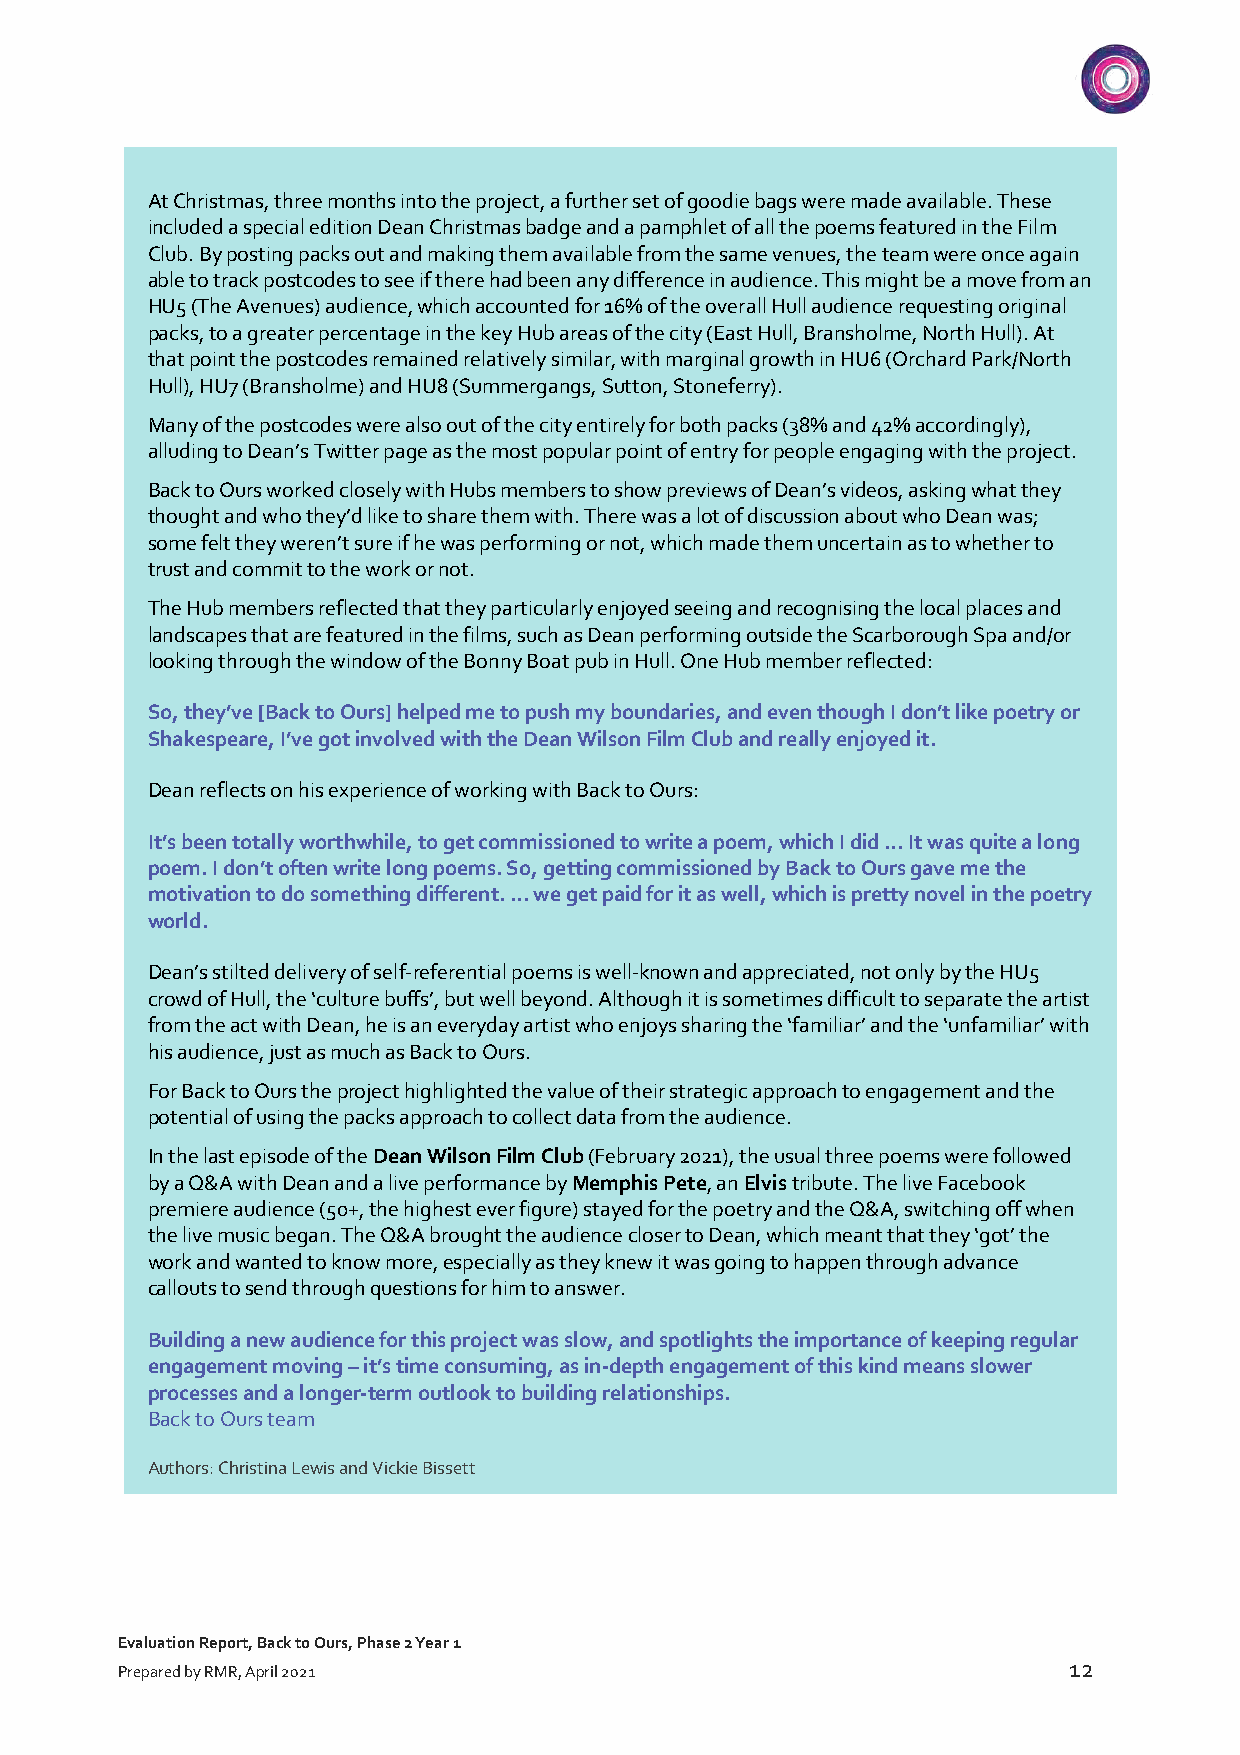
At Christmas, three months into the project, a further set of goodie bags were made available. These
 included a special edition Dean Christmas badge and a pamphlet of all the poems featured in the Film
 Club. By posting packs out and making them available from the same venues, the team were once again
 able to track postcodes to see if there had been any difference in audience. This might be a move from an
 HU5 (The Avenues) audience, which accounted for 16% of the overall Hull audience requesting original
 packs, to a greater percentage in the key Hub areas of the city (East Hull, Bransholme, North Hull). At
 that point the postcodes remained relatively similar, with marginal growth in HU6 (Orchard Park/North
 Hull), HU7 (Bransholme) and HU8 (Summergangs, Sutton, Stoneferry).
 Many of the postcodes were also out of the city entirely for both packs (38% and 42% accordingly),
 alluding to Dean’s Twitter page as the most popular point of entry for people engaging with the project.
 Back to Ours worked closely with Hubs members to show previews of Dean’s videos, asking what they
 thought and who they’d like to share them with. There was a lot of discussion about who Dean was;
 some felt they weren’t sure if he was performing or not, which made them uncertain as to whether to
 trust and commit to the work or not.
 The Hub members reflected that they particularly enjoyed seeing and recognising the local places and
 landscapes that are featured in the films, such as Dean performing outside the Scarborough Spa and/or
 looking through the window of the Bonny Boat pub in Hull. One Hub member reflected:
 So, they’ve [Back to Ours] helped me to push my boundaries, and even though I don’t like poetry or
 Shakespeare, I’ve got involved with the Dean Wilson Film Club and really enjoyed it.
 Dean reflects on his experience of working with Back to Ours:
 It’s been totally worthwhile, to get commissioned to write a poem, which I did … It was quite a long
 poem. I don’t often write long poems. So, getting commissioned by Back to Ours gave me the
 motivation to do something different. … we get paid for it as well, which is pretty novel in the poetry
 world.
 Dean’s stilted delivery of self-referential poems is well-known and appreciated, not only by the HU5
 crowd of Hull, the ‘culture buffs’, but well beyond. Although it is sometimes difficult to separate the artist
 from the act with Dean, he is an everyday artist who enjoys sharing the ‘familiar’ and the ‘unfamiliar’ with
 his audience, just as much as Back to Ours.
 For Back to Ours the project highlighted the value of their strategic approach to engagement and the
 potential of using the packs approach to collect data from the audience.
 In the last episode of the Dean Wilson Film Club (February 2021), the usual three poems were followed
 by a Q&A with Dean and a live performance by Memphis Pete, an Elvis tribute. The live Facebook
 premiere audience (50+, the highest ever figure) stayed for the poetry and the Q&A, switching off when
 the live music began. The Q&A brought the audience closer to Dean, which meant that they ‘got’ the
 work and wanted to know more, especially as they knew it was going to happen through advance
 callouts to send through questions for him to answer.
 Building a new audience for this project was slow, and spotlights the importance of keeping regular
 engagement moving – it’s time consuming, as in-depth engagement of this kind means slower
 processes and a longer-term outlook to building relationships.
 Back to Ours team
 Authors: Christina Lewis and Vickie Bissett
 Evaluation Report, Back to Ours, Phase 2 Year 1
 12
 Prepared by RMR, April 2021